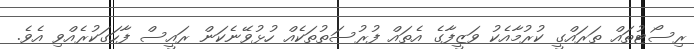
ރިސޯޓުތައް ތަރައްގީ ކުރުމާއެކު ވަޒީފާގެ އެތައް ފުރުސަތުތަކެއް ހުޅުވޭނެކަން ރައީސް ފާހަގަކުރެއްވި އެވެ.